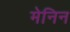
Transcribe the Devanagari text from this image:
मेनिन